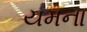
યમના